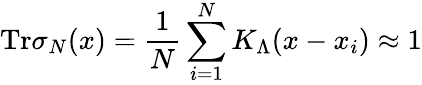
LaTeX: \mathrm{Tr}\sigma_{N}(x)=\frac{1}{N}\sum_{i=1}^{N}K_{\Lambda}(x-x_{i})\approx 1